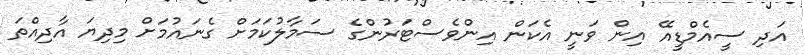
އަދި ސީއެމްޑީއޭ އިން ވަނީ އެކަން އިންވެސްޓަރުންގެ ސަމާލުކަމަށް ގެނައުމަށް މިދިޔަ އާދިއްތަ